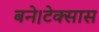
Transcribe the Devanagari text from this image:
बने।टेक्सास